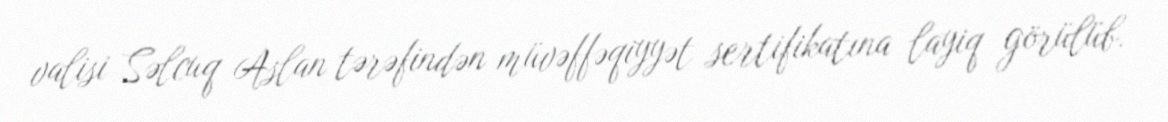
valisi Səlcuq Aslan tərəfindən müvəffəqiyyət sertifikatına layiq görülüb.